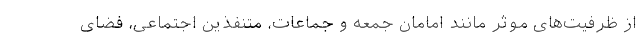
از ظرفیت‌های موثر مانند امامان جمعه و جماعات، متنفذین اجتماعی، فضای